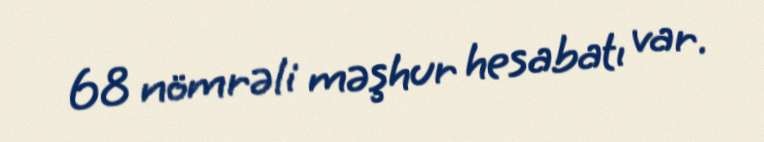
68 nömrəli məşhur hesabatı var.